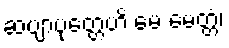
ဆဗျာပုတ္တေဟိ မေ မေတ္တံ၊